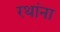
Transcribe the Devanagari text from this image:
रथांना